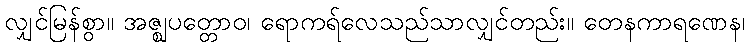
လျှင်မြန်စွာ။ အဇ္ဈပတ္တောဝ၊ ရောကရ်လေသည်သာလျှင်တည်း။ တေနကာရဏေန၊